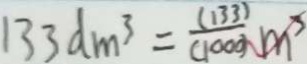
1 3 3 d m ^ { 3 } = \frac { ( 1 3 3 ) } { ( 1 0 0 0 ) } m ^ { 3 }